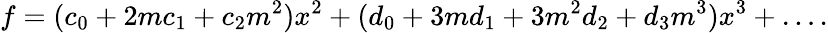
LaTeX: f=(c_{0}+2mc_{1}+c_{2}m^{2})x^{2}+(d_{0}+3md_{1}+3m^{2}d_{2}+d_{3}m^{3})x^{3}+\dots.